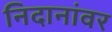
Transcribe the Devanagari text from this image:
निदानांवर